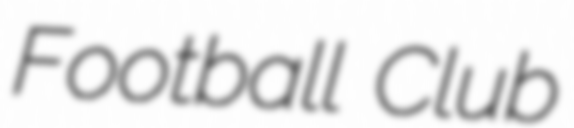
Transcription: Football Club